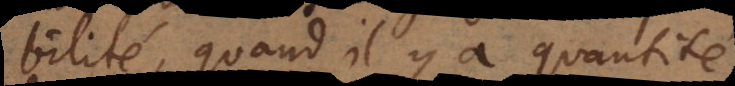
probabilité, quand il y a quantité